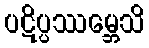
ပဋိပ္ပဿမ္ဘေသိ